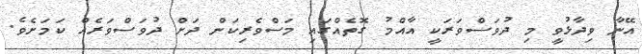
އޭނާ ވިދާޅުވީ މި ދުވަސްވަރަކީ އާއްމު ގޮތެއްގައި މަސްވެރިކަން ދަށް ދުވަސްވަރެއް ކަމަށެވެ.